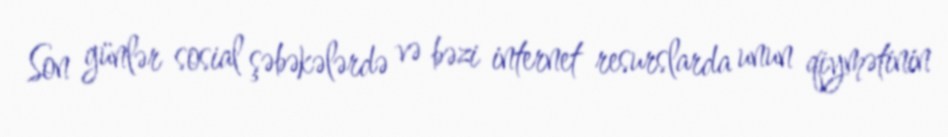
Son günlər sosial şəbəkələrdə və bəzi internet resurslarda unun qiymətinin